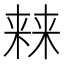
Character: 𣘐